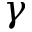
\gamma